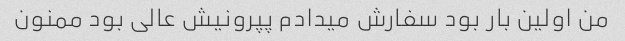
من اولین بار بود سفارش میدادم پپرونیش عالی بود ممنون